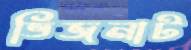
ভিজনাট